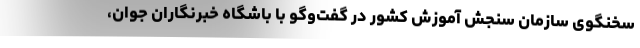
سخنگوی سازمان سنجش آموزش کشور در گفت‌وگو با باشگاه خبرنگاران جوان،